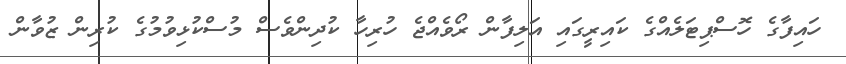
ހައިފާގެ ހޮސްޕިޓަލެއްގެ ކައިރީގައި އަލިފާން ރޯވެއްޖެ ހުރިހާ ކުދިންވެސް މުސްކުޅިވުމުގެ ކުރިން ޒުވާން